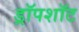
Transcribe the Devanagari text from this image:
ड्रॉपशॉट